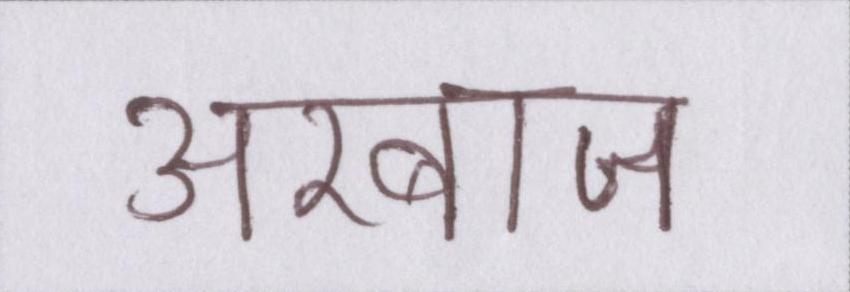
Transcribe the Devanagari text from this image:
अरबाज